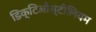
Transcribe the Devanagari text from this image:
डिक्टिओस्टीलियम